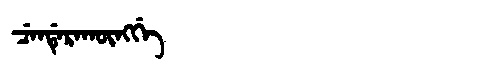
Manchu: ᠴᡝᠨᡩᡝᡵᠠᡴᡡᠩᡤᡝ
Romanization: CENDERAKŪNGGE